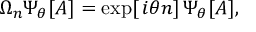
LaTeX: \Omega _ { n } \Psi _ { \theta } [ A ] = \exp [ \, i \theta n ] \, \Psi _ { \theta } [ A ] ,